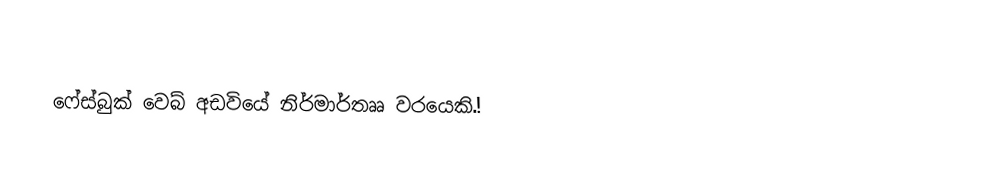
ෆේස්බුක් වෙබ් අඩවියේ නිර්මාර්තෲ වරයෙකි.!